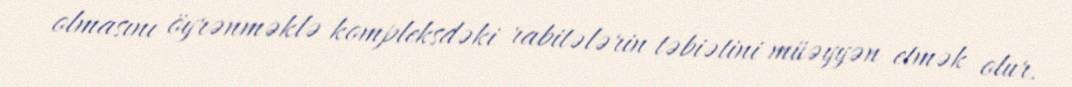
olmasını öyrənməklə kompleksdəki rabitələrin təbiətini müəyyən etmək olur.